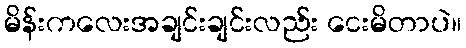
မိန်းကလေးအချင်းချင်းလည်း ငေးမိတာပဲ။